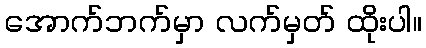
အောက်ဘက်မှာ လက်မှတ် ထိုးပါ။